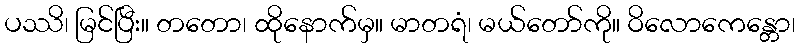
ပဿိ၊ မြင်ပြီး။ တတော၊ ထိုနောက်မှ။ မာတရံ၊ မယ်တော်ကို။ ဝိလောကေန္တော၊